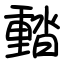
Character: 濌